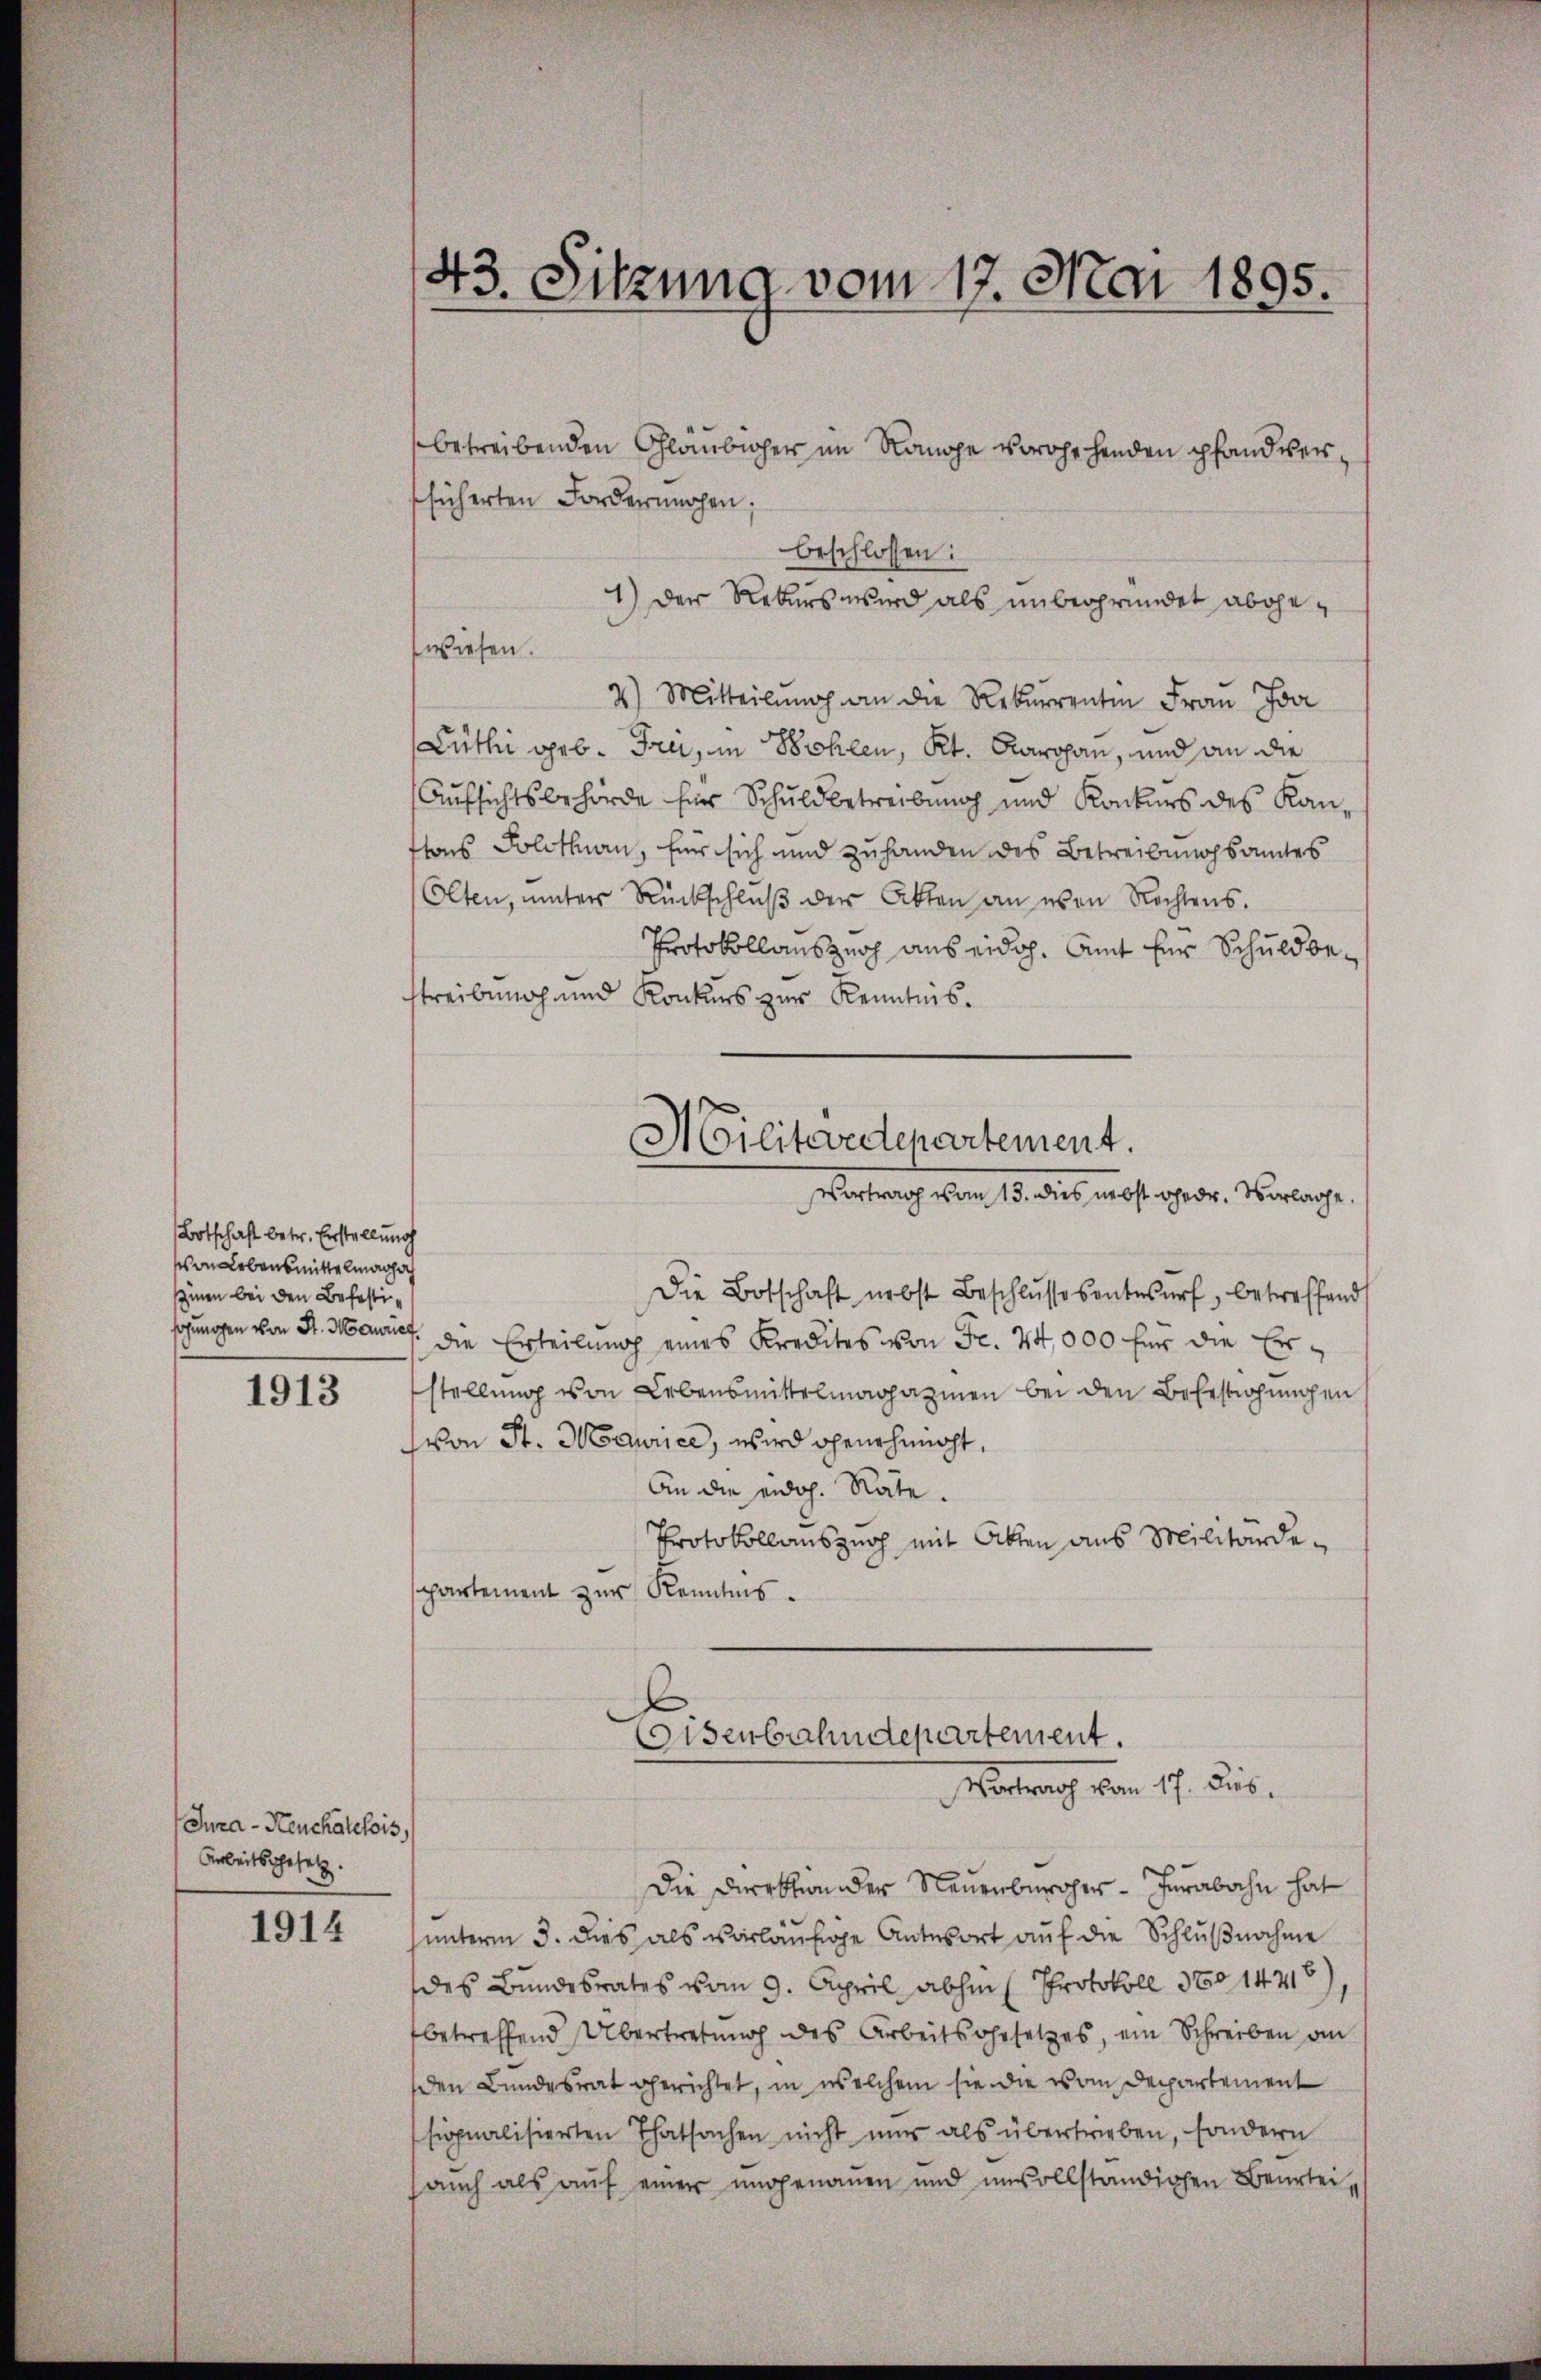
Botschaft betr. Erstellung
von Lebensmittelmaghoch
smen bei den Befestiohungen von St. Hawrief

1913

Jura - Heuchatelois,
Arbeitsgesetz.

1914

43. Sitzung vom 17. Mai 1895.

betreibenden Gläubiger im Range vorohehenden pfandverfsicherten Forderungen;
beschlossen:
1) Der Rekurs wird als unbegründet abgewiesen.
2) Mitteilung an die Rekurrenten Frau Joa
Lüthi geb. Tra, in Bohlen, Kt. Larohan, und an die
Aufsichtsbehörde für Schuldbetreibung und Konkurs des Kanhons Solothurn, für sich und zuhanden des Betreibungsamtes
Olten, unter Rückschluß der Akten an even Rechtens.
Protokollanszuch aus eidoh. Amt für Schuldbestreibung und Konkurs zur Kenntnis.
Die Botschaft nebst Beschlussesentwurf, betreffend
die Erteilung eines Kredites von Fr. 24,000 für die Erstellung von Lebensmittelmagazinen bei den Befestehungen
von St. Moaurice, wird genehmacht,
An die eidg. Rate.
Protokollauszug mit Akten aus Militärdespartement zur Kenntnis.
Eisenbahndepartement.
Vertrag von 17. Jus
Die Direktion der Neuenburger - herabahn hat
hunterm 3. dies als vorläufige Antwort auf die Schlußnahme
des Bundesrates vom 9. April abhin ( Protokoll No 14716
betreffend Übertretung des Arbeitsgesetzes, ein Schreiben an
den Landesrat gerichtet, in welchem sie die von Departement
signalisierten Thatsachen nicht nur als übertrieben, sondern
auch als auf einer ungenauen und unvollständigen Beurtei¬

Militevedepartement.
Vortrag vom 13. dies nebst gedr. Vorlage.